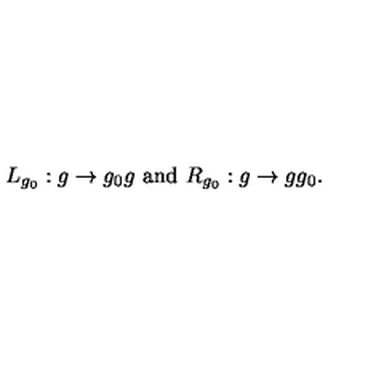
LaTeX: L _ { g _ { 0 } } : g \rightarrow g _ { 0 } g \ \mathrm { a n d } \ R _ { g _ { 0 } } : g \rightarrow g g _ { 0 } .